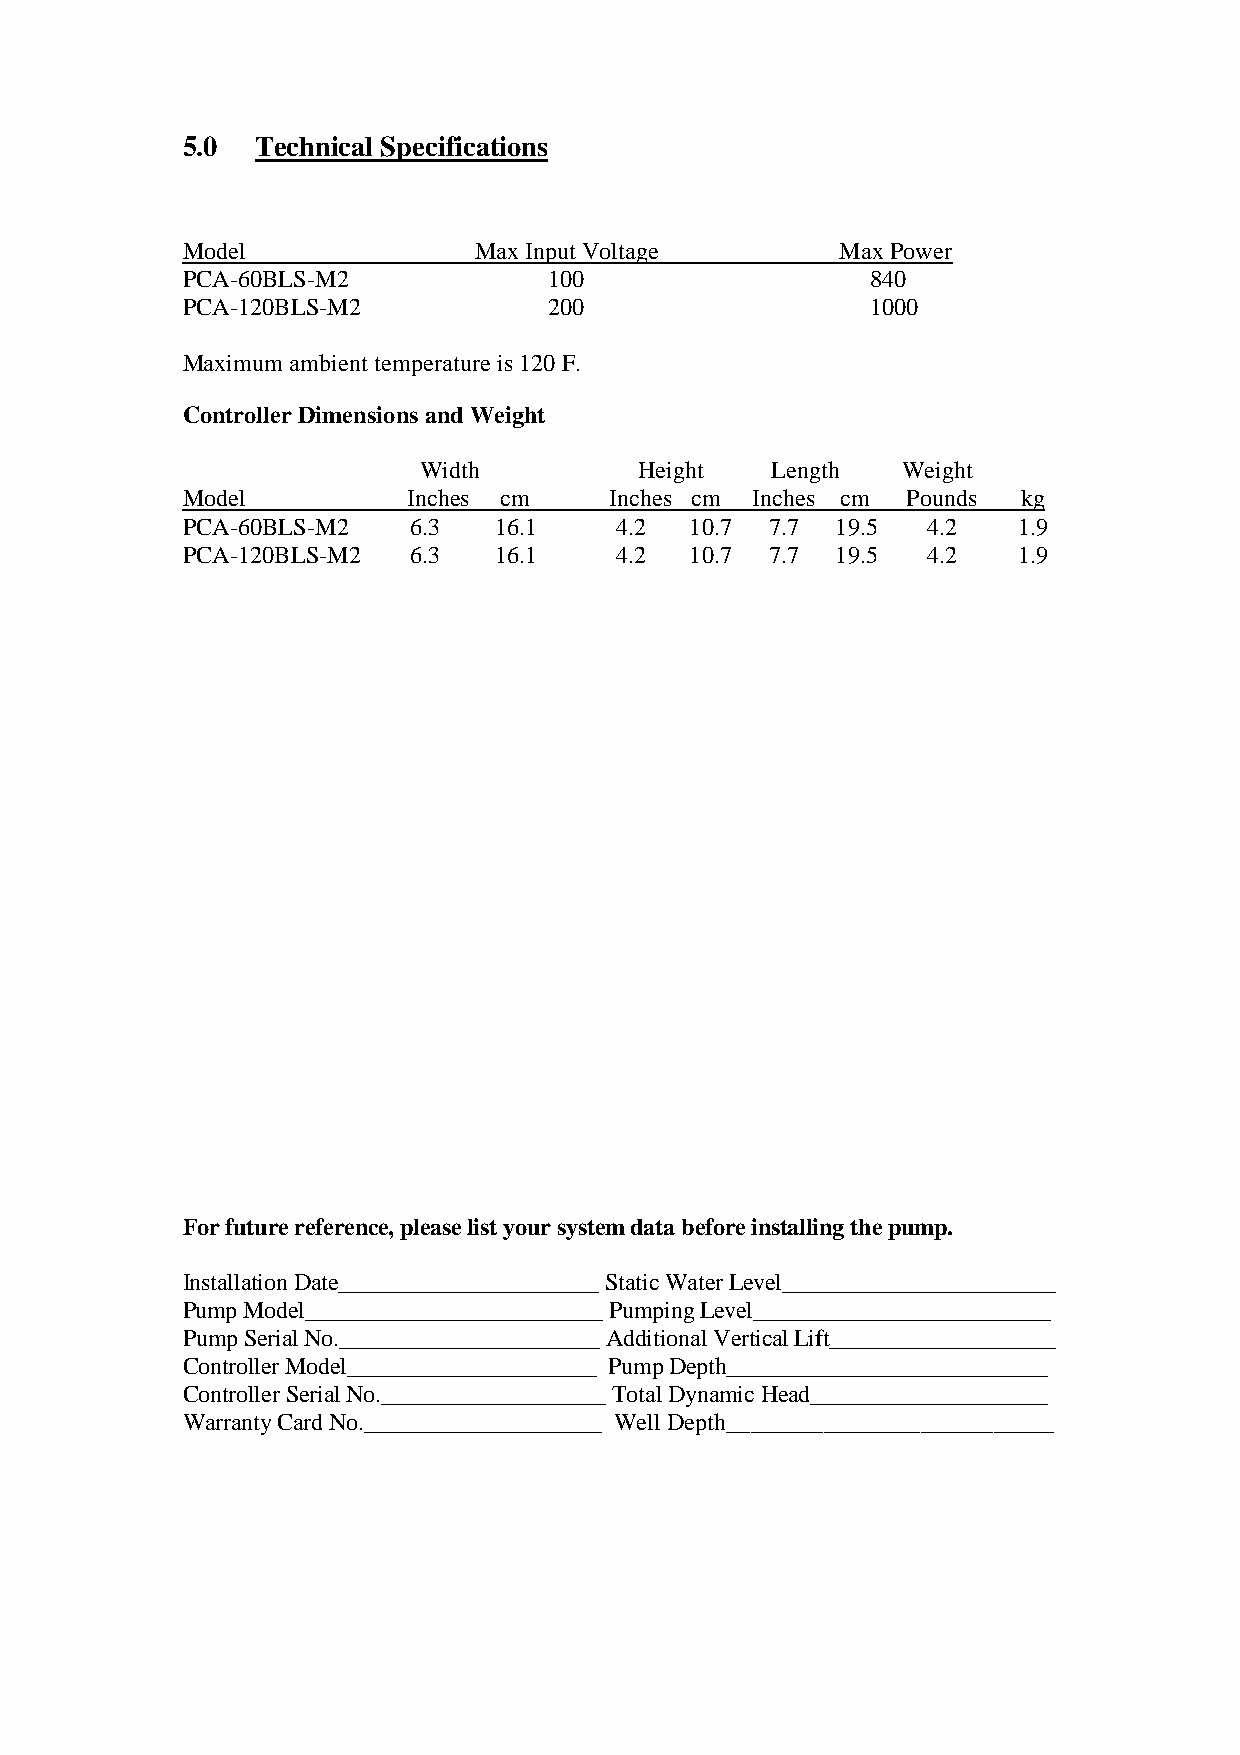
5.0  Technical Specifications
 Model              Max InputVoltage         MaxPower
 PCA-60BLS-M2            100                   840
 PCA-120BLS-M2           200                   1000
 Maximumambienttemperatureis120 F.
 ControllerDimensions andWeight
 Width         Height   Length   Weight
 Model          Inches cm    Inches cm Inches cm Pounds  kg
 PCA-60BLS-M2   6.3   16.1    4.2  10.7 7.7 19.5  4.2   1.9
 PCA-120BLS-M2  6.3   16.1    4.2  10.7 7.7 19.5  4.2   1.9
 Forfuturereference,pleaselistyoursystemdatabeforeinstallingthepump.
 InstallationDate______________________StaticWaterLevel_______________________
 PumpModel_________________________PumpingLevel_________________________
 PumpSerialNo.______________________AdditionalVerticalLift___________________
 ControllerModel_____________________ PumpDepth___________________________
 ControllerSerialNo.___________________TotalDynamicHead____________________
 WarrantyCardNo.____________________ WellDepth___________________________